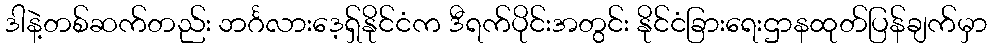
ဒါနဲ့တစ်ဆက်တည်း ဘင်္ဂလားဒေ့ရှ်နိုင်ငံက ဒီရက်ပိုင်းအတွင်း နိုင်ငံခြားရေးဌာနထုတ်ပြန်ချက်မှာ